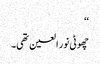
‘‘
چھوٹی نور العین تھی۔